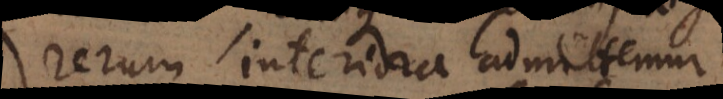
rerum interiora admittemur,